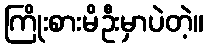
ကြိုးစားမိဦးမှာပဲတဲ့။